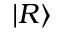
| R \rangle